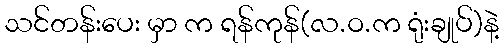
သင်တန်းပေး မှာ က ရန်ကုန်(လ.ဝ.က ရုံးချုပ်)နဲ့